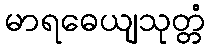
မာရဓေယျသုတ္တံ